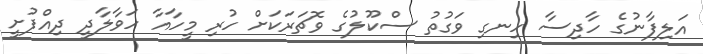
އަލިފާނުގެ ހާދިސާ ހިނގި ވަގުތު ސްކޫލުގެ ވޮޗަރަކަށް ހުރި މީހާއާ ހަވާލާދީ ދިއްފުށީ